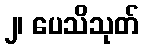
၂၊ ပေသိသုတ်